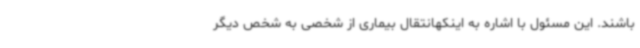
باشند. این مسئول با اشاره به اینکهانتقال بیماری از شخصی به شخص دیگر